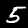
Label: 5